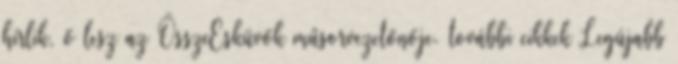
hírlik, ő lesz az ÖsszeEsküvők műsorvezetőnője. további cikkek Legújabb